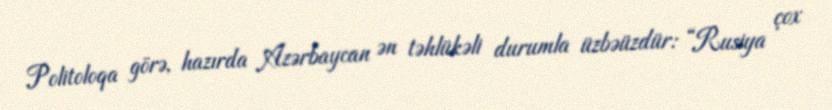
Politoloqa görə, hazırda Azərbaycan ən təhlükəli durumla üzbəüzdür: “Rusiya çox